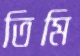
তিমি